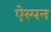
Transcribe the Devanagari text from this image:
ऐस्पन